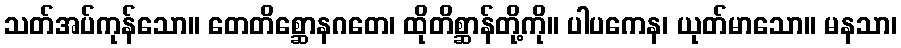
သတ်အပ်ကုန်သော။ တေတိစ္ဆောနဂတေ၊ ထိုတိစ္ဆာန်တို့ကို။ ပါပကေန၊ ယုတ်မာသော။ မနသာ၊